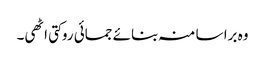
وہ برا سا منہ بنائے جمائی روکتی اٹھی۔